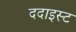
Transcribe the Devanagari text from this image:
ददाइस्ट